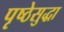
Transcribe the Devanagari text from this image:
पृष्ठेसुद्धा